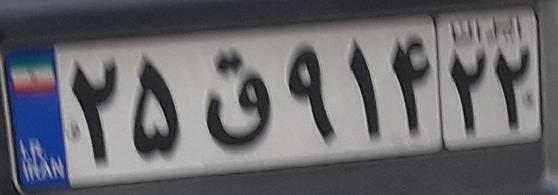
۲۵ق۹۱۴۲۲